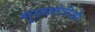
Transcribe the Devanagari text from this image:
मुख्यमंत्रीजी